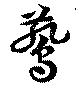
燕